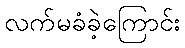
လက်မခံခဲ့ကြောင်း